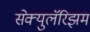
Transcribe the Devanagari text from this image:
सेक्युलॅरिझम